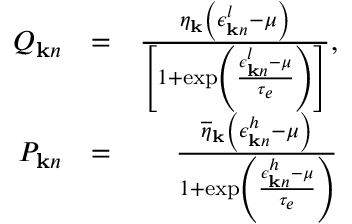
\begin{array} { r l r } { Q _ { { \bf k } n } } & { = } & { \frac { \eta _ { \bf k } \left( \epsilon _ { { \bf k } n } ^ { l } - \mu \right) } { \left[ 1 + \exp \left( \frac { \epsilon _ { { \bf k } n } ^ { l } - \mu } { \tau _ { e } } \right) \right] } , } \\ { P _ { { \bf k } n } } & { = } & { \frac { \overline { { \eta } } _ { \bf k } \left( \epsilon _ { { \bf k } n } ^ { h } - \mu \right) } { 1 + \exp \left( \frac { \epsilon _ { { \bf k } n } ^ { h } - \mu } { \tau _ { e } } \right) } } \end{array}